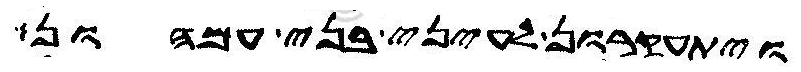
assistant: ויתעקרון לעיני בני עמהון